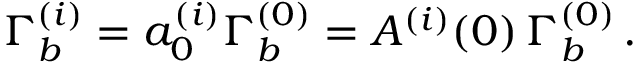
\Gamma _ { b } ^ { ( i ) } = a _ { 0 } ^ { ( i ) } \Gamma _ { b } ^ { ( 0 ) } = A ^ { ( i ) } ( 0 ) \, \Gamma _ { b } ^ { ( 0 ) } \, .